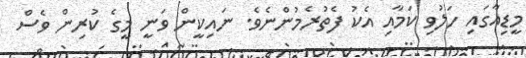
މީޑިއާގައި ހަލުވި ކަމާއި އެކު ފެތުރެމުންނެވެ. ނައިކީން ވަނީ މީގެ ކުރިން ވެސް